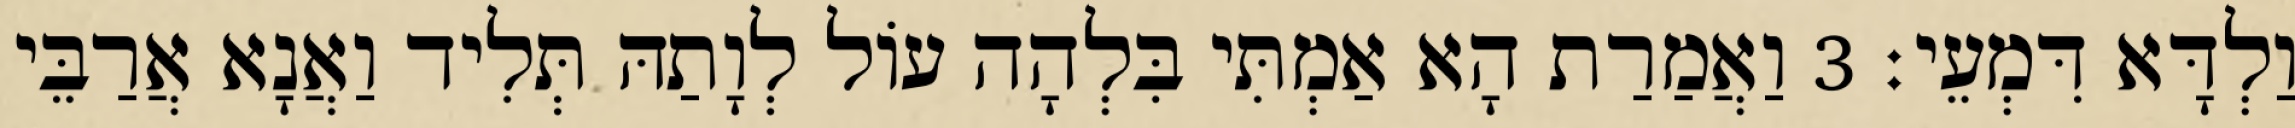
וַלְדָּא דִּמְעֵי׃ 3 וַאֲמַרַת הָא אַמְתִּי בִּלְהָה עוֹל לְוָתַהּ תְּלִיד וַאֲנָא אֲרַבֵּי